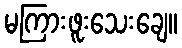
မကြားဖူးသေးချေ။